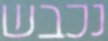
נכבש